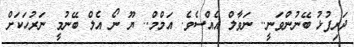
ދަރިފުޅު ބޭނުންވަނީ.. ނަވާލް އެއްސެވެ. އަމްމް.. ޔޫ ނޯ އެލް ބޭނުމީ ނަރުހަކަށް